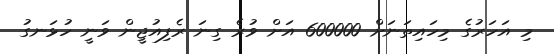
މި އަހަރުގެ މިހައިތަަނަށް 600000 އަށް ވުރެ ގިނަ ރެފިއުޖީން ވަނީ ހުޅަނގު